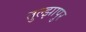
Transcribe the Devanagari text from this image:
तुल्झापुर